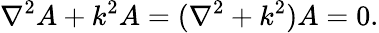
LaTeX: \nabla^{2}A+k^{2}A=(\nabla^{2}+k^{2})A=0.